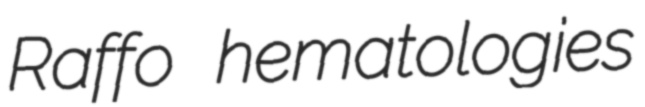
Raffo hematologies